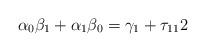
LaTeX: \begin{align*}\alpha_{0}\beta_{1}+\alpha_{1}\beta_{0}=\gamma_{1}+\tau_{11}2\end{align*}